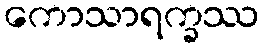
ကောသာရက္ခဿ